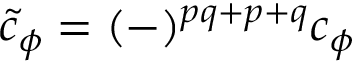
\tilde { c } _ { \phi } = ( - ) ^ { p q + p + q } c _ { \phi }